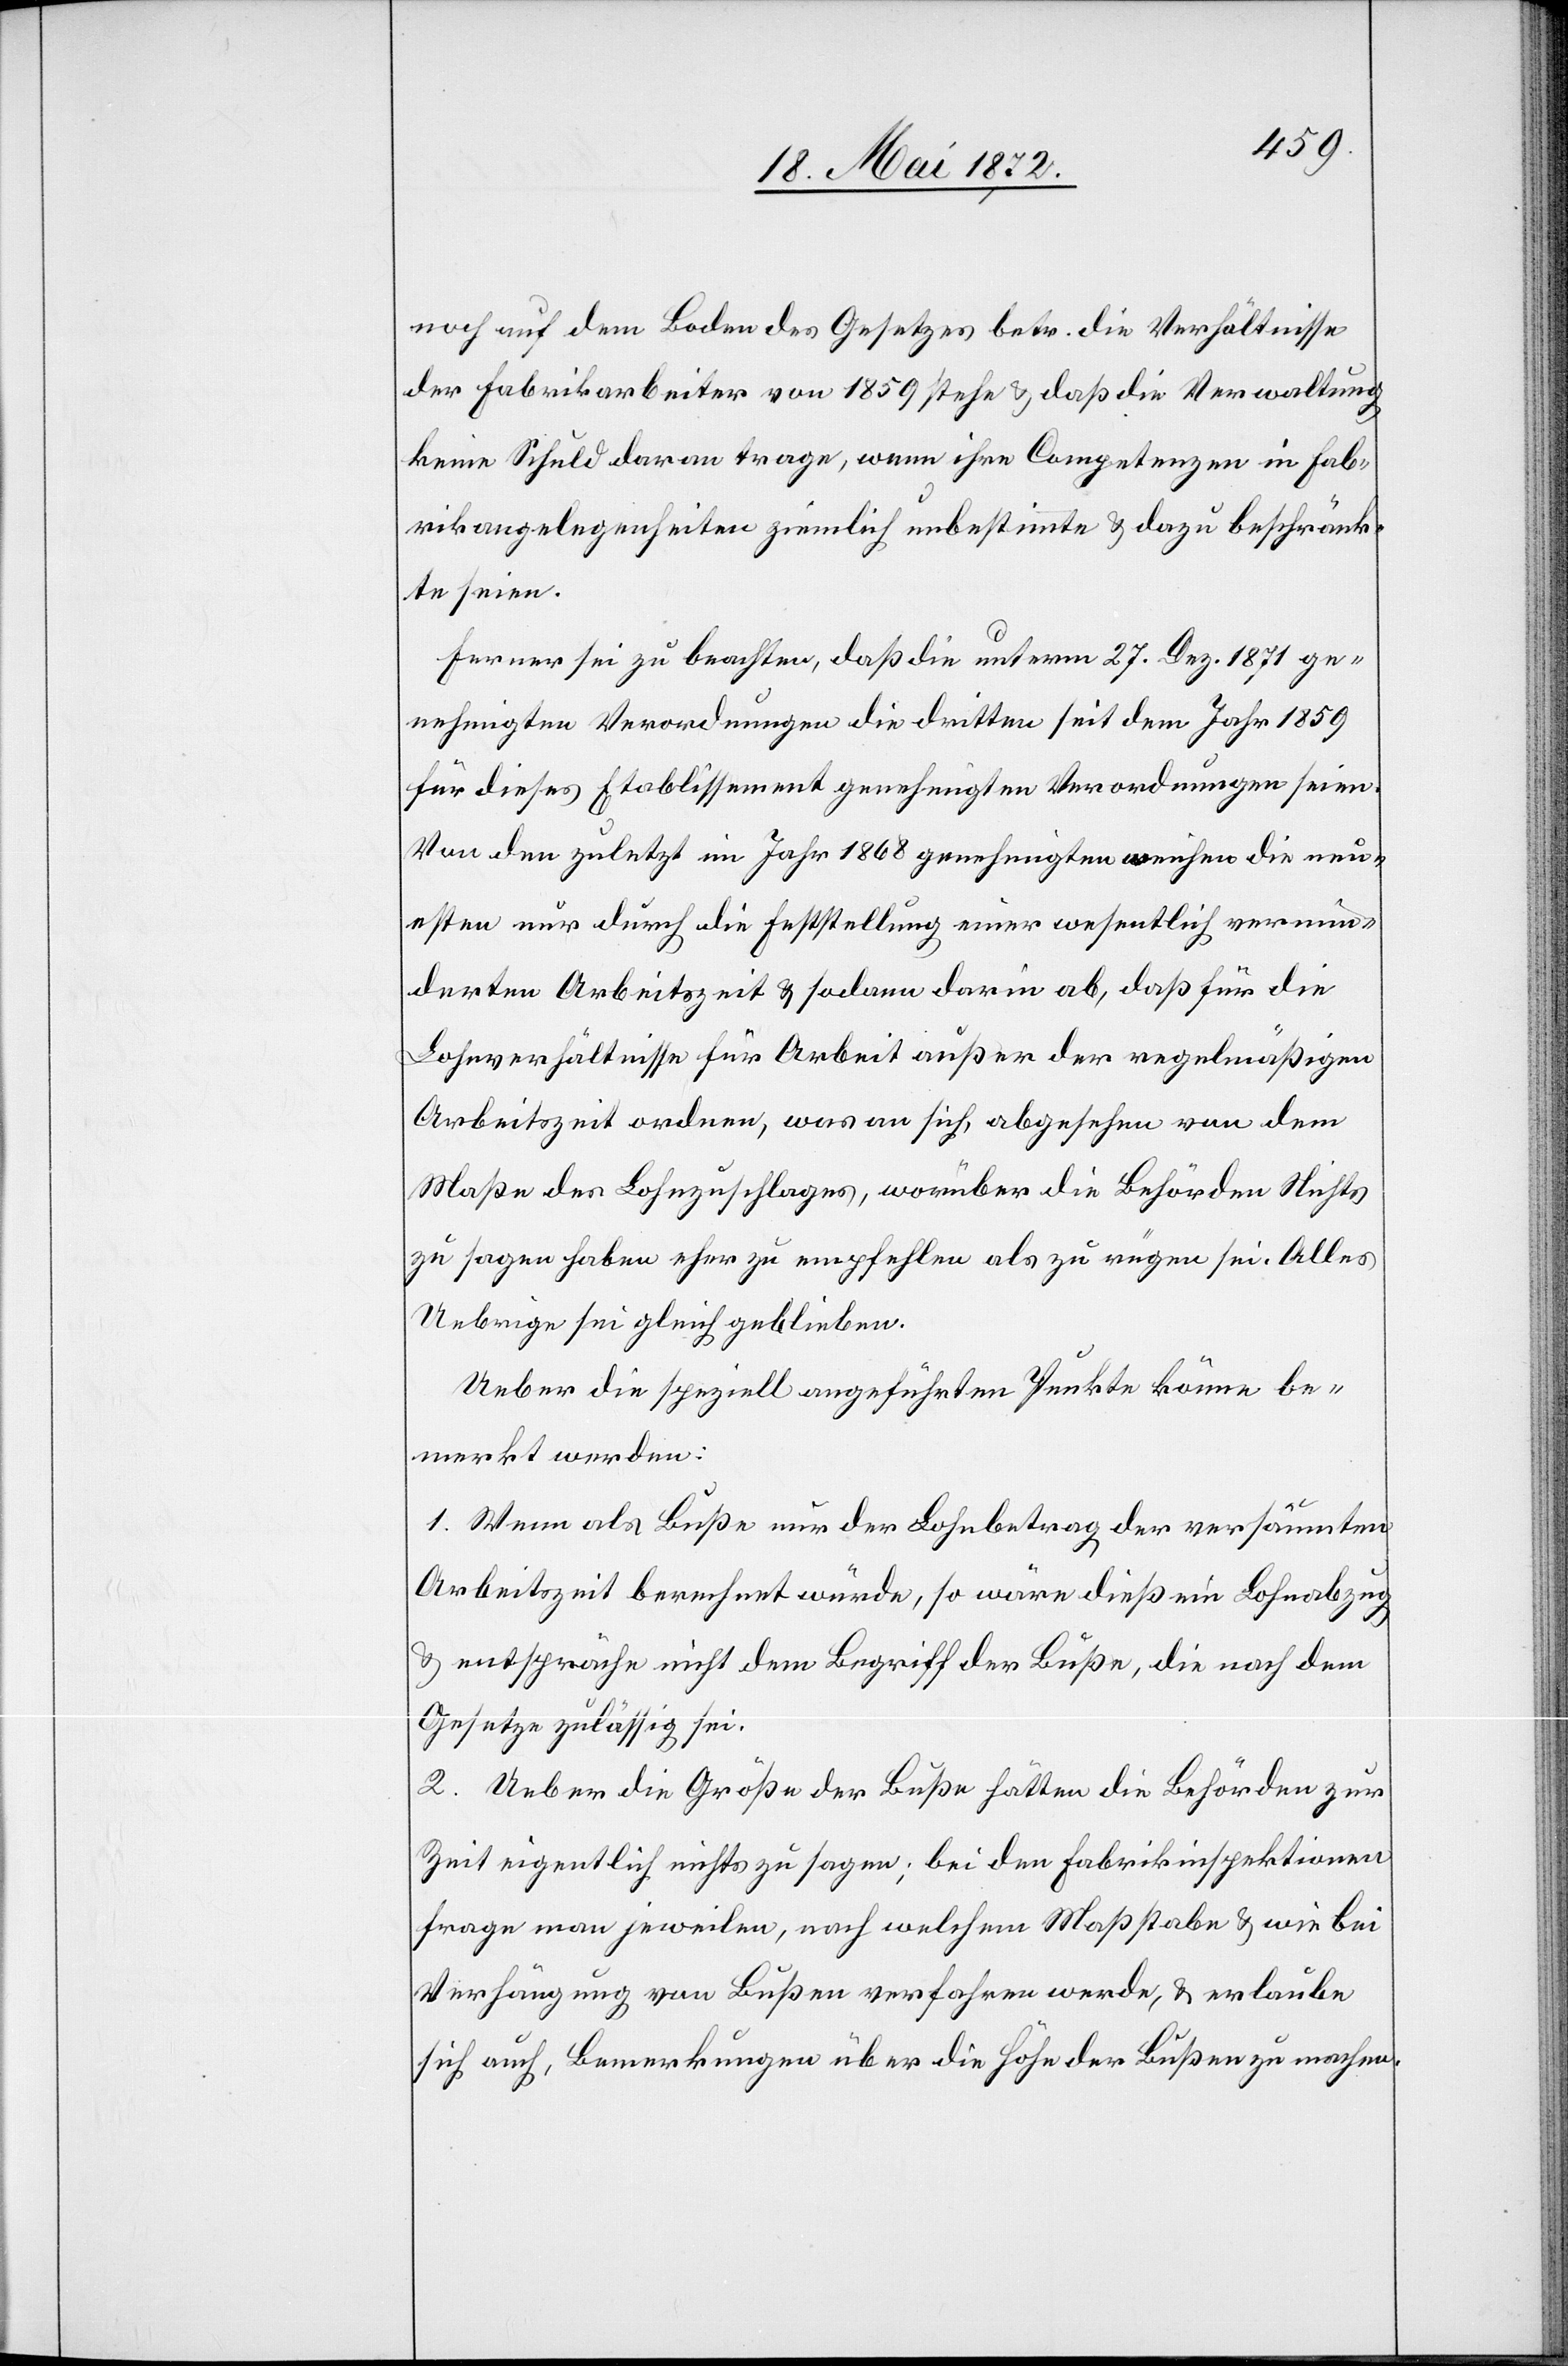
noch auf dem Boden des Gesetzes betr. die Verhältnisse
der Fabrikarbeiter von 1859 stehe u. daß die Verwaltung
keine Schuld daran trage, wenn ihre Competenzen in Fab¬
rikangelegenheiten ziemlich unbestimmte u. dazu beschränk¬
te seien.
Ferner sei zu beachten, daß die unterm 27. Dez. 1871 ge¬
nehmigten Verordnungen die dritten seit dem Jahr 1859
für dieses Etablissement genehmigten Verordnungen seien.
Von den zuletzt im Jahr 1868 genehmigten weichen die neu¬
esten nur durch die Feststellung einer wesentlich vermin¬
derten Arbeitszeit u. sodann darin ab, daß für die
Lohnverhältnisse für Arbeit außer der regelmäßigen
Arbeitszeit ordnen, was an sich, abgesehen von dem
Maße des Lohnzuschlages, worüber die Behörden Nichts
zu sagen haben[,] eher zu empfehlen als zu rügen sei. Alles
Uebrige sei gleich geblieben.
Ueber die speziell angeführten Punkte könne be¬
merkt werden:
1. Wenn als Buße nur der Lohnbetrag der versäumten
Arbeitszeit berechnet würde, so wäre dieß ein Lohnabzug
u. entspräche nicht dem Begriff der Buße, die nach dem
Gesetze zulässig sei.
2. Ueber die Größe der Buße hätten die Behörden zur
Zeit eigentlich nichts zu sagen; bei den Fabrikinspektionen
frage man jeweilen, nach welchem Maßstabe u. wie bei
Verhängung von Bußen verfahren werde, u. erlaube
sich auch, Bemerkungen über die Höhe der Bußen zu machen.